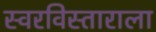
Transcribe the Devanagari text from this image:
स्वरविस्ताराला